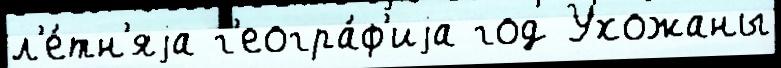
л'е́тн'яjа г'еогра́ф'иjа год Ухожаны